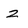
Character: 2